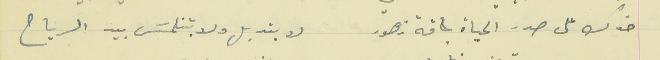
خدك على صدر الحياة باقة زهور                                  لا بتدبل ولا بتنلمسَ بيد الرياح